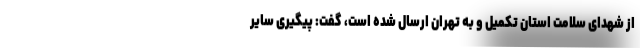
از شهدای سلامت استان تکمیل و به تهران ارسال شده است، گفت: پیگیری سایر